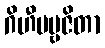
ဂိဟီပဗ္ဗဇိတာ